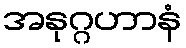
အနုဂ္ဂဟာနံ